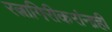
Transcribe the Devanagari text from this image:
रत्नागिरीकरांनाही